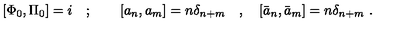
[ \Phi _ { 0 } , \Pi _ { 0 } ] = i \quad ; \qquad [ a _ { n } , a _ { m } ] = n \delta _ { n + m } \quad , \quad [ \bar { a } _ { n } , \bar { a } _ { m } ] = n \delta _ { n + m } \ .